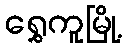
ရွှေကူမြို့